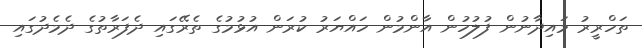
ތަހްރީރު މައިދާނުން ފުލުހުން އާންމުން ހައްޔަރު ކުރަން އުޅުމުގެ ތެރޭގައި ދެފަރާތުގެ ދެމެދުގައި